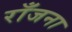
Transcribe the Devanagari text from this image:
राँजना